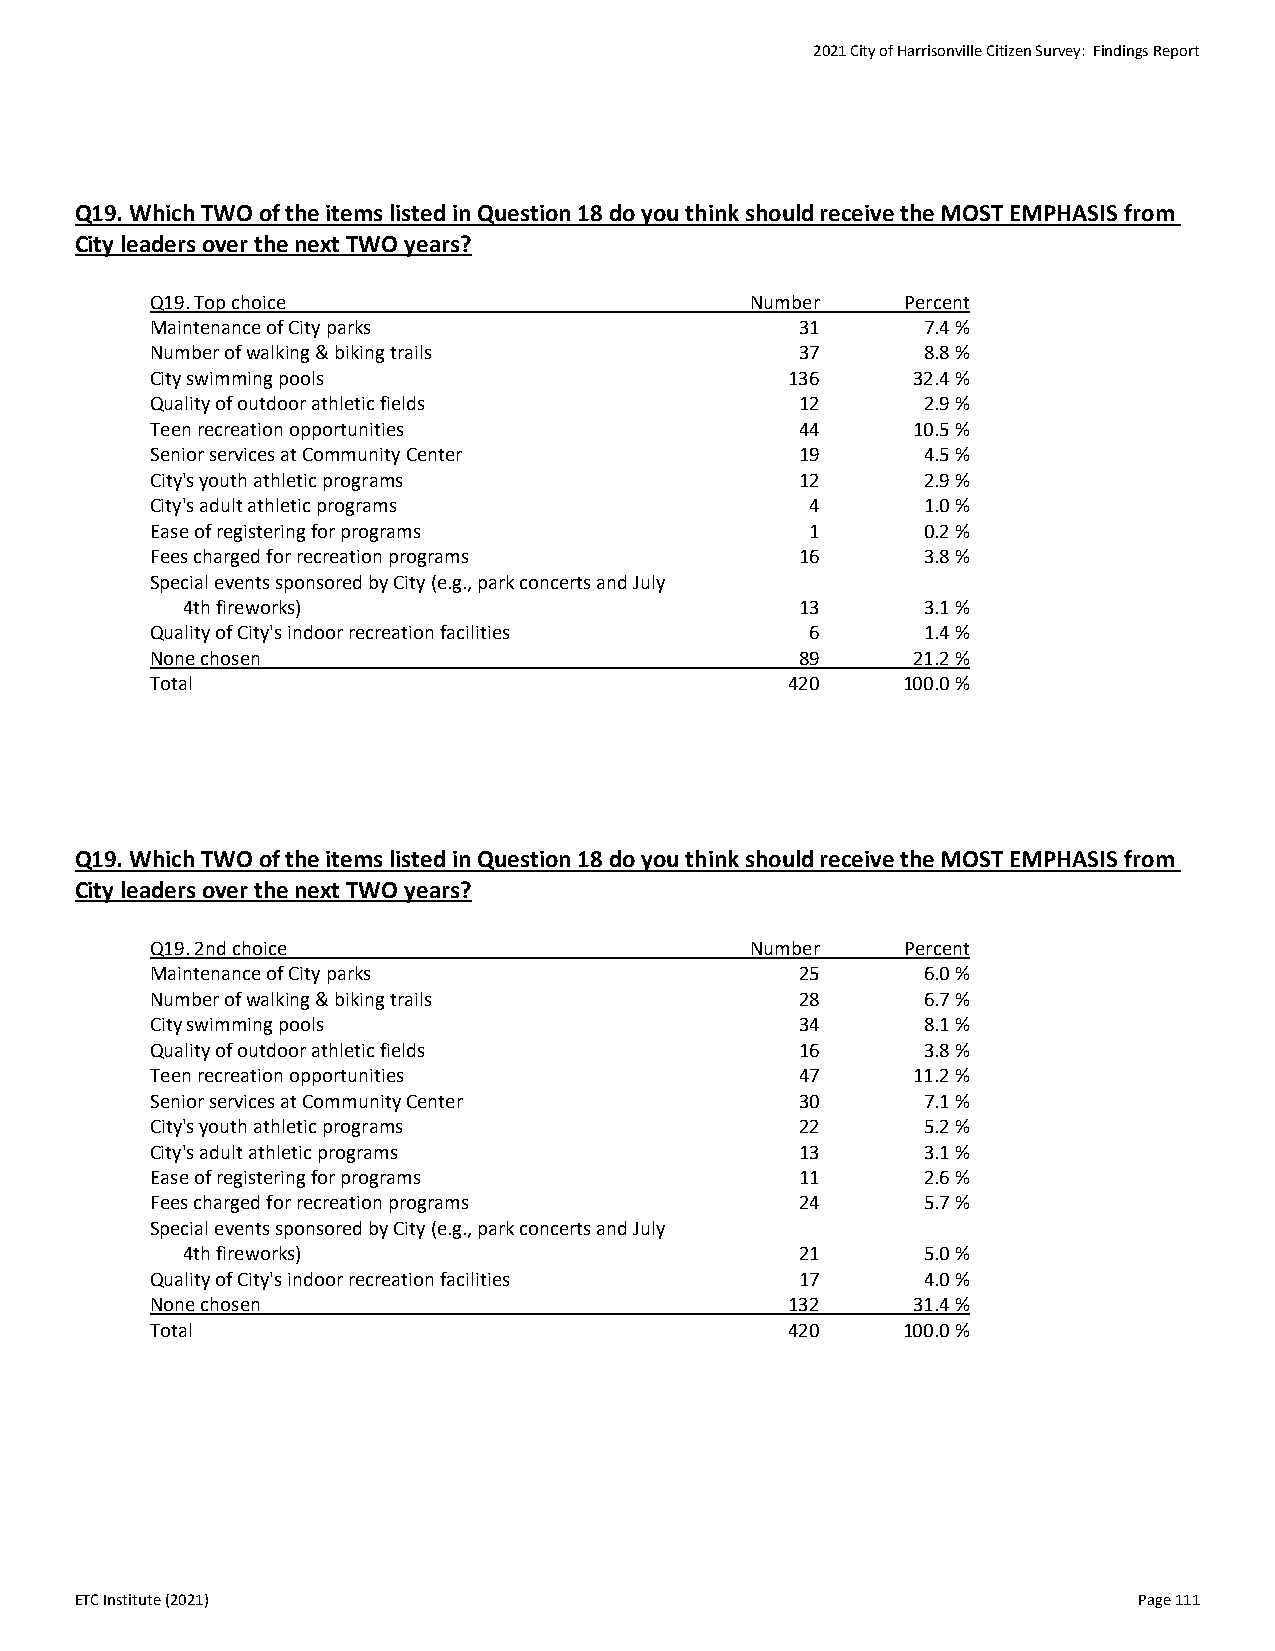
2021 City of Harrisonville Citizen Survey: Findings Report
 Q19. Which TWO of the items listed in Question 18 do you think should receive the MOST EMPHASIS from
 City leaders over the next TWO years?
 Q19. Top choice                         Number    Percent
 Maintenance of City parks                  31      7.4 %
 Number of walking & biking trails          37      8.8 %
 City swimming pools                       136     32.4 %
 Quality of outdoor athletic fields         12      2.9 %
 Teen recreation opportunities              44     10.5 %
 Senior services at Community Center        19      4.5 %
 City's youth athletic programs             12      2.9 %
 City's adult athletic programs              4      1.0 %
 Ease of registering for programs            1      0.2 %
 Fees charged for recreation programs       16      3.8 %
 Special events sponsored by City (e.g., park concerts and July
 4th fireworks)                           13      3.1 %
 Quality of City's indoor recreation facilities 6   1.4 %
 None chosen                                89     21.2 %
 Total                                     420     100.0 %
 Q19. Which TWO of the items listed in Question 18 do you think should receive the MOST EMPHASIS from
 City leaders over the next TWO years?
 Q19. 2nd choice                         Number    Percent
 Maintenance of City parks                  25      6.0 %
 Number of walking & biking trails          28      6.7 %
 City swimming pools                        34      8.1 %
 Quality of outdoor athletic fields         16      3.8 %
 Teen recreation opportunities              47     11.2 %
 Senior services at Community Center        30      7.1 %
 City's youth athletic programs             22      5.2 %
 City's adult athletic programs             13      3.1 %
 Ease of registering for programs           11      2.6 %
 Fees charged for recreation programs       24      5.7 %
 Special events sponsored by City (e.g., park concerts and July
 4th fireworks)                           21      5.0 %
 Quality of City's indoor recreation facilities 17  4.0 %
 None chosen                               132     31.4 %
 Total                                     420     100.0 %
 ETC Institute (2021)                                                  Page 111